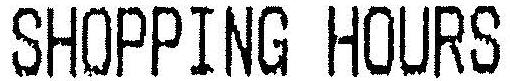
SHOPPING HOURS